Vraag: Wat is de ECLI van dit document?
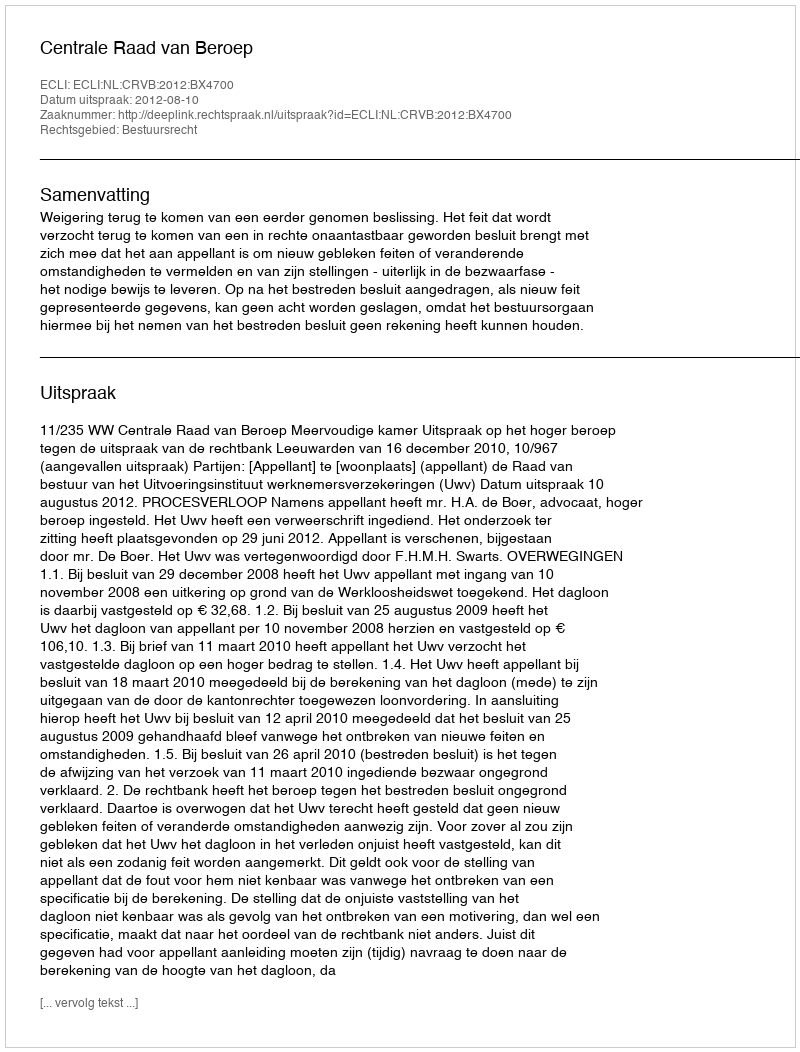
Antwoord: ECLI:NL:CRVB:2012:BX4700